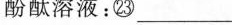
酚酞溶液：㉓___